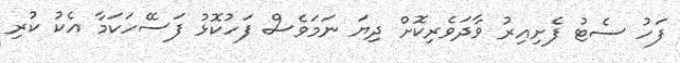
ފަހު ސެޓު ފެށިއިރު ވާދަވެރިކޮށް ދިޔަ ނަމަވެސް ފަހުކޮޅު ފަސޭހަކަމާ އެކު ކުރި